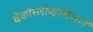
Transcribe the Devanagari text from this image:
चेकोस्लोव्हाकियाने